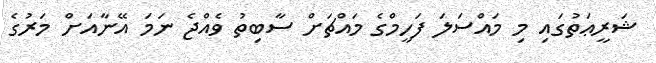
ޝަރީޢަތުގައި މި މައްސަލަ ފަހީމްގެ މައްޗަށް ސާބިތު ވެއްޖެ ނަމަ އޭނާއަށް މަރުގެ